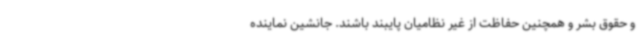
و حقوق بشر و همچنین حفاظت از غیر نظامیان پایبند باشند. جانشین نماینده